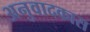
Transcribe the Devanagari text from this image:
अनुवादकास